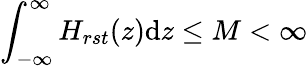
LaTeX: \int_{-\infty}^{\infty}H_{rst}(z)\mathrm{d}z\leq M<\infty